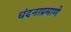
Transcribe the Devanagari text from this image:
चंदनाप्रमाणे